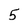
Character: 5